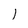
Character: j